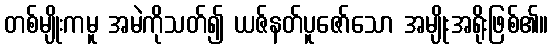
တစ်မျိုးကမူ အမဲကိုသတ်၍ ယဇ်နတ်ပူဇော်သော အမျိုးအရိုးဖြစ်၏။